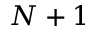
N + 1